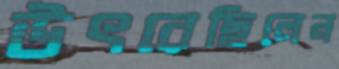
উৎরেছিলেন